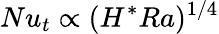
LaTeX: Nu_{t}\propto(H^{*}Ra)^{1/4}